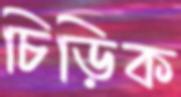
চিড়িক